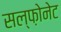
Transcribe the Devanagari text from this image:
सल्फ़ोनेट